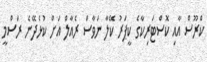
ކްރޫސް އާއި ކޮސްޓަރިކާގެ ކީޕަރު ކޭލާ ނަވާސް ރެއާލް އަށް ކުޅެދޭނެ ރަސްމީ